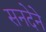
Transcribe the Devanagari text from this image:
सनदेने